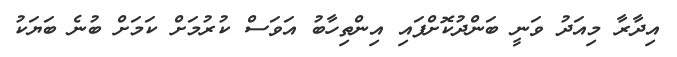
އިދާރާ މިއަދު ވަނީ ބަންދުކޮށްފައި އިންތިހާބު އަވަސް ކުރުމަށް ކަމަށް ބުނެ ބަޔަކު